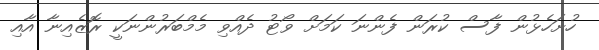
ހުށަހެޅުން ފާސް ކުރަން ފެންނަ ކަމަށް ވޯޓު ދެއްވި މެމްބަރުންނަކީ ރޮޒެއިނާ އާއި